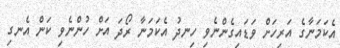
އެކަމަނާގެ އަރިހަށް ވަޑައިގެންނެވި ހިނދު އެކަމަނާ ރޯދަ އަށް ހުންނެވި ކަން އެނގި